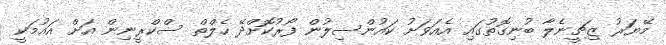
މޭޔަރު ޒިޗީނެލާ ބުނިގޮތުގައި އެއަވަށު ކައުންސިލުން ފޯރުކޮށްދޭ ހެލްތް ސްކްރީނިން އަށް އައުމަކީ